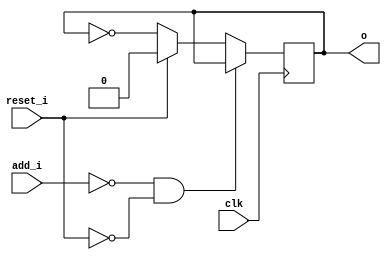
module bsg_circular_ptr_slots_p2_max_add_p1
(
  clk,
  reset_i,
  add_i,
  o
);

  input [0:0] add_i;
  output [0:0] o;
  input clk;
  input reset_i;
  wire N0,N1,N2,N3,N4,N5,N6;
  wire [0:0] genblk1_genblk1_ptr_r_p1;
  reg [0:0] o;
  assign genblk1_genblk1_ptr_r_p1[0] = o[0] ^ 1'b1;
  assign N3 = (N0)? 1'b0 :
              (N1)? genblk1_genblk1_ptr_r_p1[0] : 1'b0;
  assign N0 = reset_i;
  assign N1 = N2;
  assign N2 = ~reset_i;
  assign N4 = ~add_i[0];
  assign N5 = N4 & N2;
  assign N6 = ~N5;

  always @(posedge clk) begin
    if(N6) begin
      { o[0:0] } <= { N3 };
    end
  end


endmodule